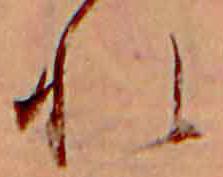
れ